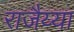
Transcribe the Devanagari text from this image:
राजैय्या